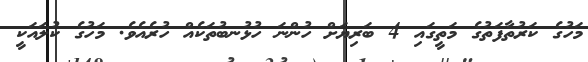
މަހުގެ ކަރުތާފަތުގެ މަތީގައި 4 ބަރިޔަށް ހުންނަ ހުޅުނބުތަކެއް ހުރެއެވެ. މަހުގެ ކުލައަކީ